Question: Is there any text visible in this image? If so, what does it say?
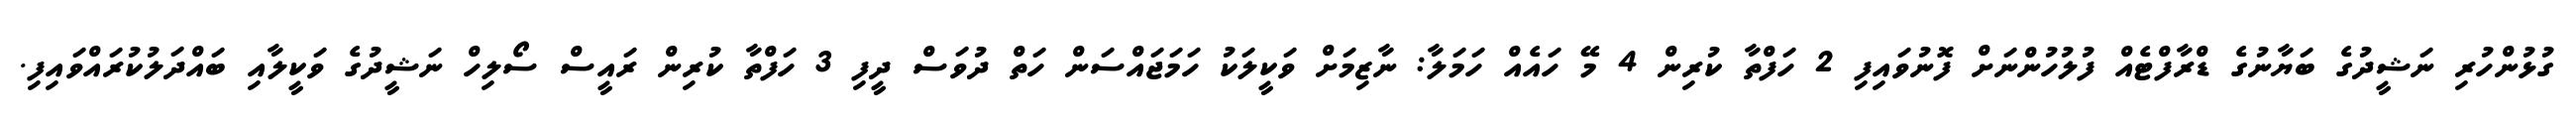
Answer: ގުޅުންހުރި ނަޝީދުގެ ބަޔާނުގެ ޑްރާފްޓެއް ފުލުހުންނަށް ފޮނުވައިފި 2 ހަފްތާ ކުރިން 4 މޭ ހައެއް ހަމަލާ: ނާޒިމަށް ވަކީލަކު ހަމަޖައްސަން ހަތް ދުވަސް ދީފި 3 ހަފްތާ ކުރިން ރައީސް ސޯލިހް ނަޝީދުގެ ވަކީލާއި ބައްދަލުކުރައްވައިފި.